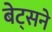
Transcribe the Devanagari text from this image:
बेट्सने